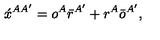
\acute { x } ^ { A A ^ { \prime } } = o ^ { A } \bar { r } ^ { A ^ { \prime } } + r ^ { A } \bar { o } ^ { A ^ { \prime } } ,